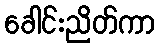
ခေါင်းညိတ်ကာ